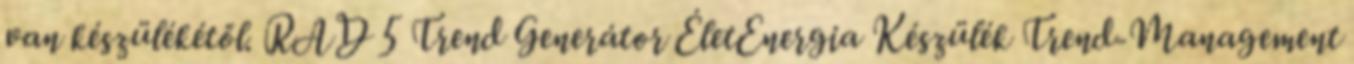
van készülékétől. RAD 5 Trend Generátor ÉletEnergia Készülék Trend-Management